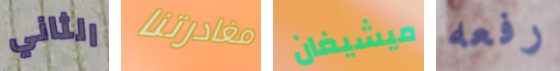
الثاني مغادرتنا ميشيغان رفعه